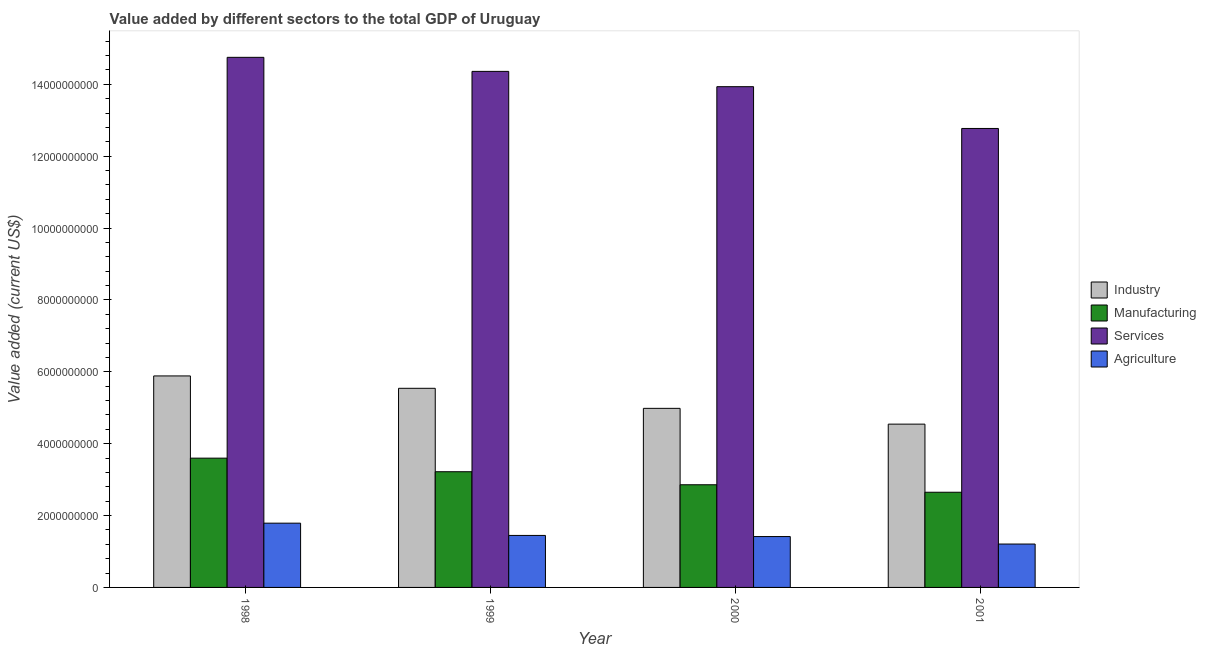
| Year | Industry | Manufacturing | Services | Agriculture |
 | --- | --- | --- | --- | --- |
 | 1998 | 5.89e+09 | 3.6e+09 | 1.48e+10 | 1.79e+09 |
 | 1999 | 5.54e+09 | 3.22e+09 | 1.44e+10 | 1.45e+09 |
 | 2000 | 4.98e+09 | 2.86e+09 | 1.39e+10 | 1.42e+09 |
 | 2001 | 4.54e+09 | 2.65e+09 | 1.28e+10 | 1.21e+09 |